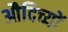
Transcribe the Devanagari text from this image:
औदिच्यों